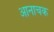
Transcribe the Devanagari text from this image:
आनाचक